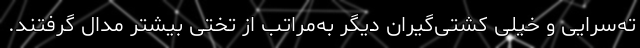
ته‌سرایی و خیلی کشتی‌گیران دیگر به‌مراتب از تختی بیشتر مدال گرفتند.